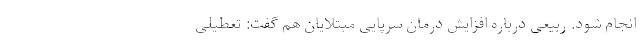
انجام شود. ربیعی درباره افزایش درمان سرپایی مبتلایان هم گفت: تعطیلی